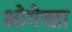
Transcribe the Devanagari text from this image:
भोगेच्छा